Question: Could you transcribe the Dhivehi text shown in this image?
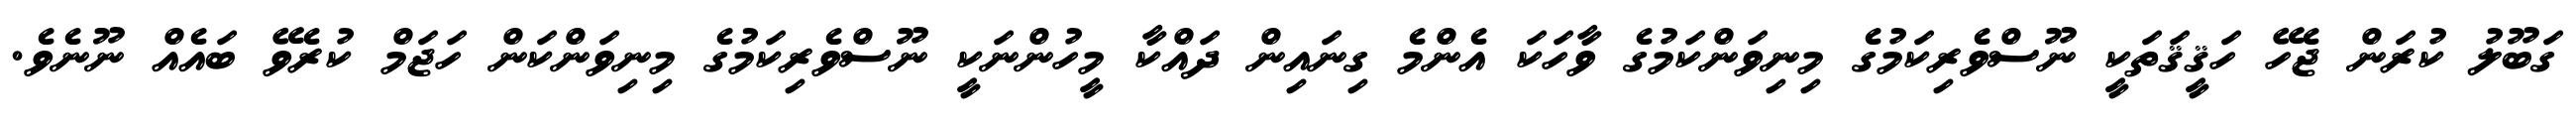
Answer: ގަބޫލު ކުރަން ޖެހޭ ހަޤީޤަތަކީ ނޫސްވެރިކަމުގެ މިނިވަންކަމުގެ ވާހަކަ އެންމެ ގިނައިން ދައްކާ މީހުންނަކީ ނޫސްވެރިކަމުގެ މިނިވަންކަން ހަޖަމް ކުރެވޭ ބައެއް ނޫނެވެ.